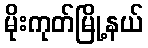
မိုးကုတ်မြို့နယ်